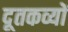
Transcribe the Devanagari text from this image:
दूतकव्यों